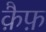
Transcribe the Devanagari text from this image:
क़ैफ़